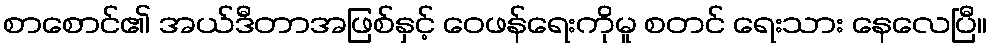
စာစောင်၏ အယ်ဒီတာအဖြစ်နှင့် ဝေဖန်ရေးကိုမူ စတင် ရေးသား နေလေပြီ။